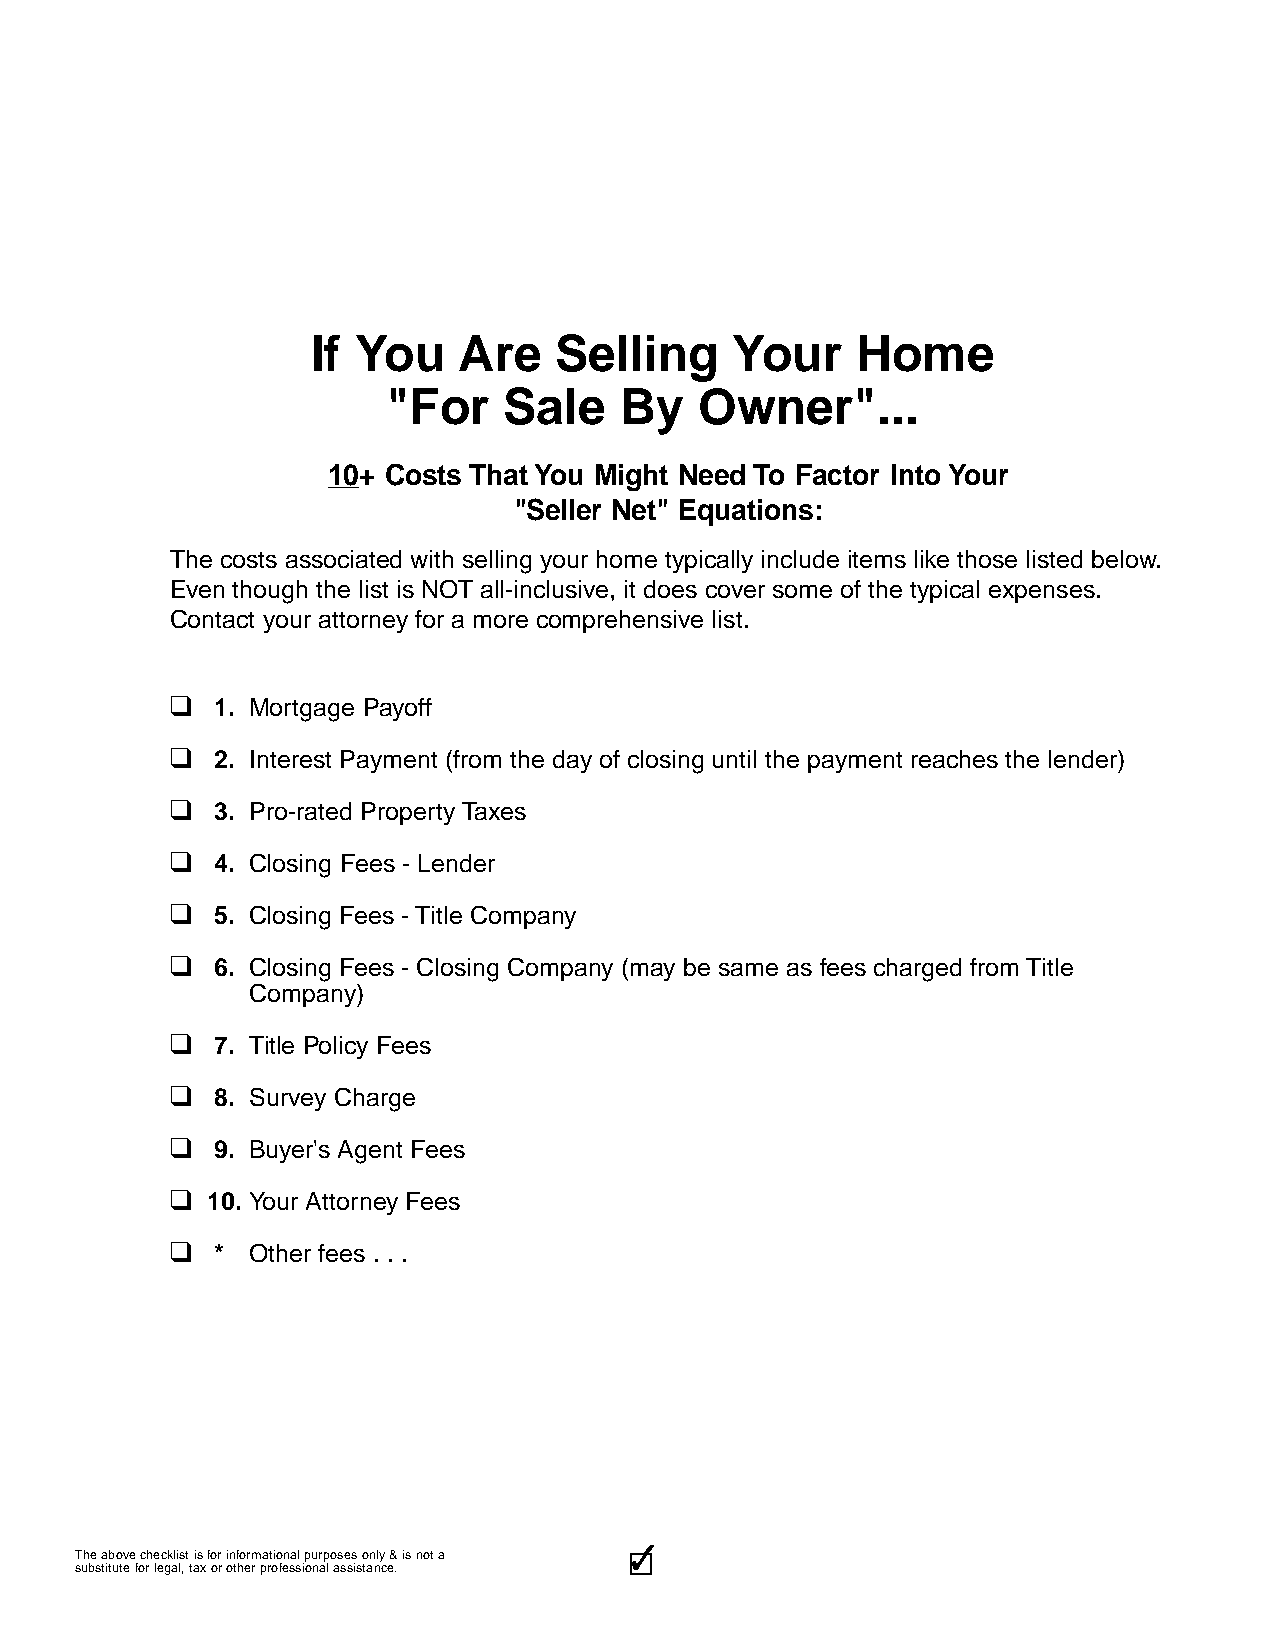
If You   Are    Selling    Your     Home
 "For   Sale    By   Owner"...
 10+ Costs That You Might Need To Factor Into Your
 "Seller Net" Equations:
 The costs associated with selling your home typically include items like those listed below.
 Even though the list is NOT all-inclusive, it does cover some of the typical expenses.
 Contact your attorney for a more comprehensive list.
 q
 1. Mortgage Payoff
 q
 2. Interest Payment (from the day of closing until the payment reaches the lender)
 q
 3. Pro-rated Property Taxes
 q
 4. Closing Fees - Lender
 q
 5. Closing Fees - Title Company
 q
 6. Closing Fees - Closing Company (may be same as fees charged from Title
 Company)
 q
 7. Title Policy Fees
 q
 8. Survey Charge
 q
 9. Buyer's Agent Fees
 q
 10. Your Attorney Fees
 q
 *  Other fees . . .
 3333333333
 The above checklist is for informational purposes only & is not a
 substitute for legal, tax or other professional assistance.